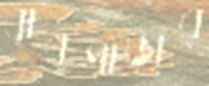
বাবুপাড়ার